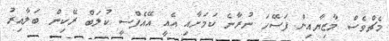
މެޗްވެސް މާޒިޔާއިން ފަސޭހަ ނުރާނެ ކަމަށާއި އެއީ އޭއެފްސީ ކުލަބް ރޭކިން ބަލާއިރު